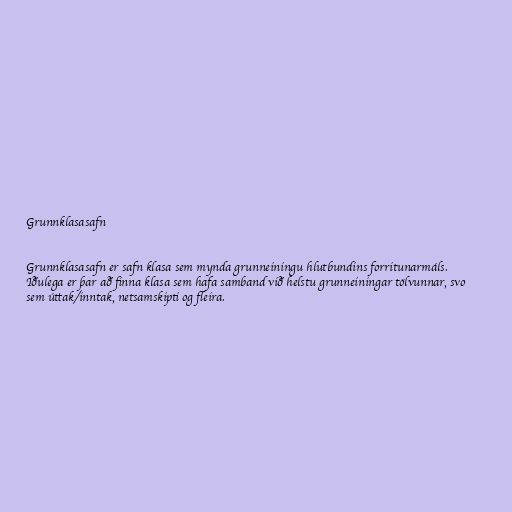
Grunnklasasafn

Grunnklasasafn er safn klasa sem mynda grunneiningu hlutbundins forritunarmáls.
Iðulega er þar að finna klasa sem hafa samband við helstu grunneiningar tölvunnar, svo
sem úttak/inntak, netsamskipti og fleira.